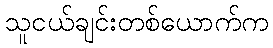
သူငယ်ချင်းတစ်ယောက်က